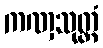
ကဏှသုတ္တံ